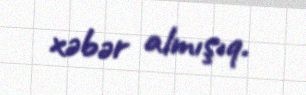
xəbər almışıq.